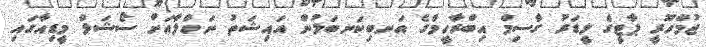
ޖުމްހޫރީ ޕާޓީގެ ލީޑަރު ގާސިމް އިބްރާހީމްގެ އަނބިކަނބަލުން އައިޝަތު ނަހްލާއަށް ސޯޝަލް މީޑިއާގައި